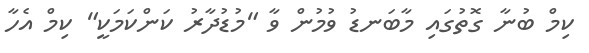
ކިމް ބުނާ ގޮތުގައި މާބަނޑު ވުމުން ވާ "މުޑުދާރު ކަންކަމަކީ" ކިމް އެހާ